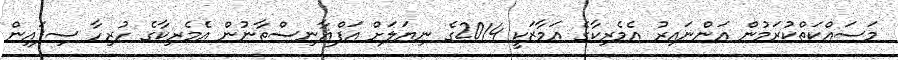
މަސައްކަތްކުރަމުން އަންނައިރު އެމެރިކާގެ އަމާޒަކީ 2014ގެ ނިޔަލަށް އަފްޣާނިސްތާނުން އެމެރިކާގެ ހުރިހާ ސިފައިން